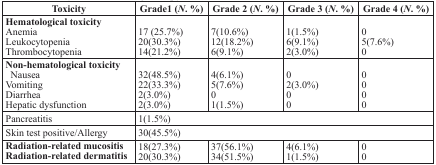
<table><thead><tr><td><b>Toxicity</b></td><td><b>Grade1 (N. %)</b></td><td><b>Grade 2 (N. %)</b></td><td><b>Grade 3 (N. %)</b></td><td><b>Grade 4 (N. %)</b></td></tr></thead><tbody><tr><td><b>Hematological toxicity</b>AnemiaLeukocytopeniaThrombocytopenia</td><td>17 (25.7%)20(30.3%)14(21.2%)</td><td>7(10.6%)12(18.2%)6(9.1%)</td><td>1(1.5%)6(9.1%)2(3.0%)</td><td>05(7.6%)0</td></tr><tr><td><b>Non-hematological toxicity</b>NauseaVomitingDiarrheaHepatic dysfunction</td><td>32(48.5%)22(33.3%)2(3.0%)2(3.0%)</td><td>4(6.1%)5(7.6%)01(1.5%)</td><td>02(3.0%)00</td><td>0000</td></tr><tr><td>Pancreatitis</td><td colspan="4">1(1.5%)</td></tr><tr><td>Skin test positive/Allergy</td><td colspan="4">30(45.5%)</td></tr><tr><td><b>Radiation-related mucositis</b><b>Radiation-related dermatitis</b></td><td>18(27.3%)20(30.3%)</td><td>37(56.1%)34(51.5%)</td><td>4(6.1%)1(1.5%)</td><td>00</td></tr></tbody></table>